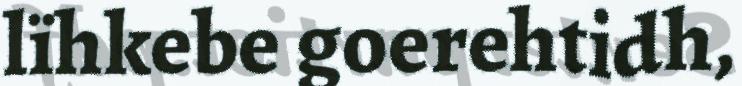
lïhkebe goerehtidh,